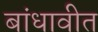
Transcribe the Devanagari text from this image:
बांधावीत